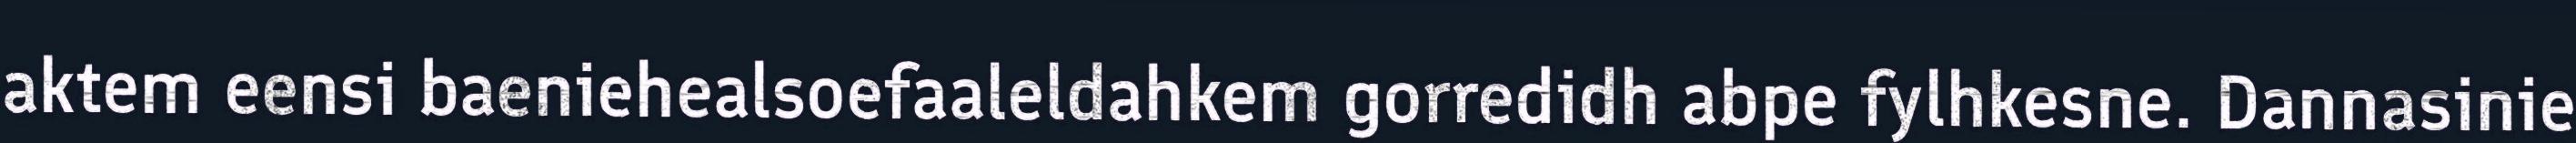
aktem eensi baeniehealsoefaaleldahkem gorredidh abpe fylhkesne. Dannasinie